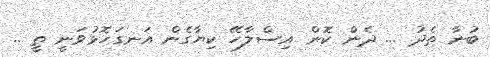
ބުނާ ތެދު ... ދެން ކޮން އިސްލާހޭ ކިޔާގެން އަނގަހޮޅުވަނީ ތީ ..